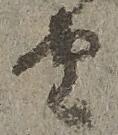
由